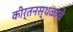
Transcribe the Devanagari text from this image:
कीर्तनस्थळाचे